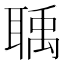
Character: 聥